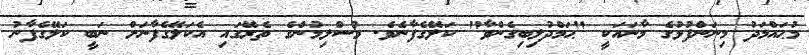
މުޙައްމަދު މިނަންފުޅުގެ މާނައަކީ "ޙަމްދުލިބިގެންވާ" ކަލޭގެފާނެވެ. މުސްލިމުންގެ ތެރޭގައި އެކަލޭގެފާނަށް ނަބީ ކަލޭގެފާނު